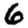
Digit: 6